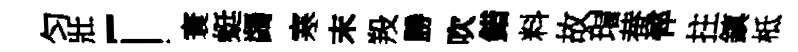
匀壯「寰蜓蠲寒末羖勝吹錯料故瑁蛬悴拄鎮柢